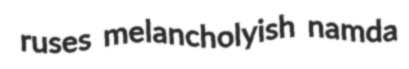
ruses melancholyish namda